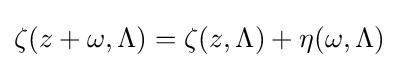
\zeta (z+\omega ,\Lambda )=\zeta (z,\Lambda )+\eta (\omega ,\Lambda )\